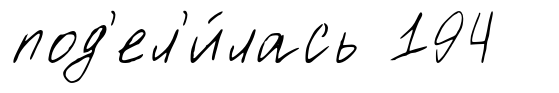
под'ел'и́лась 194